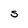
Character: S